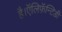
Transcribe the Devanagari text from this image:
है।ऍलिफ़ॅन्टिडी